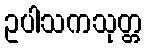
ဥပါသကသုတ္တ